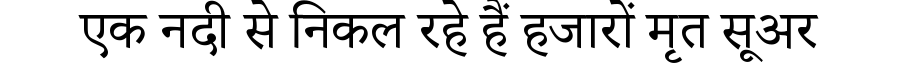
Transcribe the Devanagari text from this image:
एक नदी से निकल रहे हैं हजारों मृत सूअर